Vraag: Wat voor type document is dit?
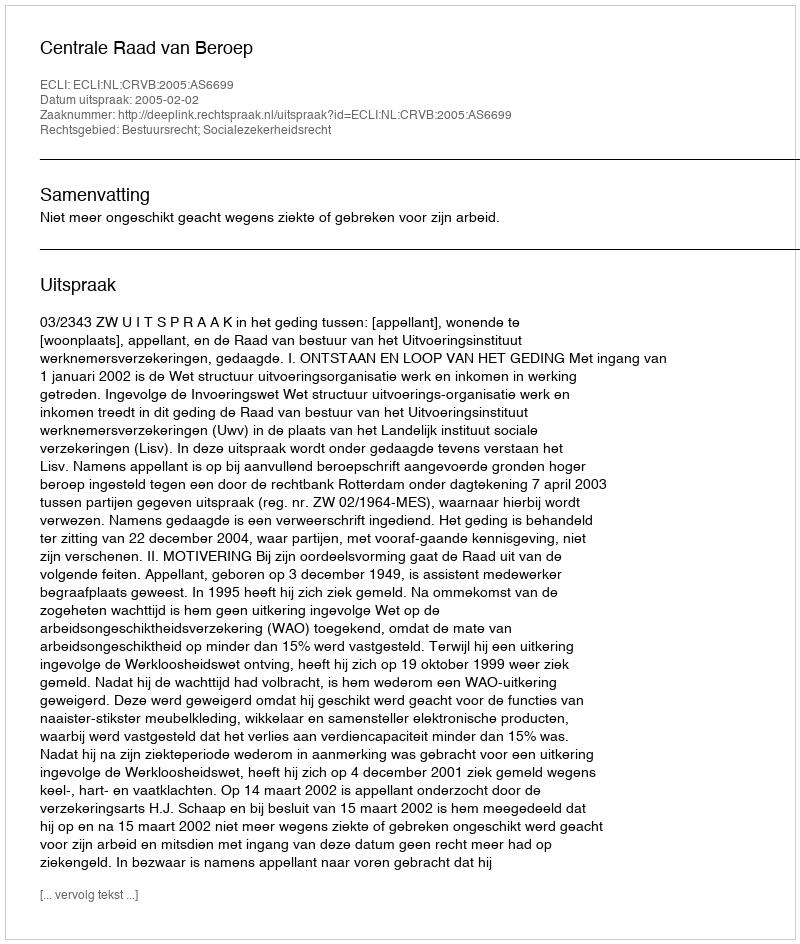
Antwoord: Uitspraak